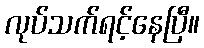
လုပ်သက်ရင့်နေပြီ။